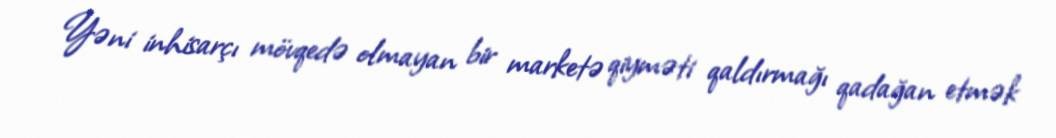
Yəni inhisarçı mövqedə olmayan bir marketə qiyməti qaldırmağı qadağan etmək